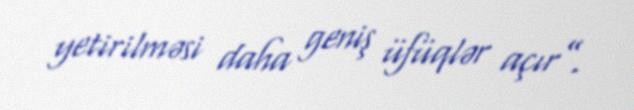
yetirilməsi daha geniş üfüqlər açır”.